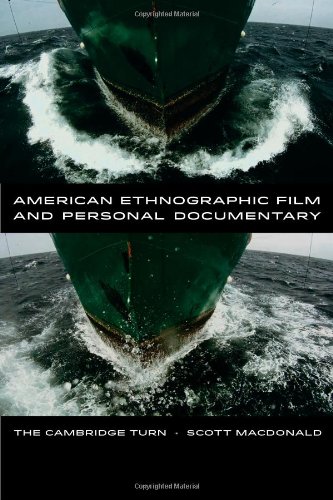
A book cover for American Ethnographic Film and Personal Documentary: The Cambridge Turn; Scott MacDonald; Humor & Entertainment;